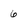
Character: 6